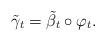
LaTeX: \begin{align*}\tilde{\gamma}_t=\tilde{\beta_t}\circ\varphi_t.\end{align*}